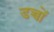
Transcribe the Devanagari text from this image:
डच्चों